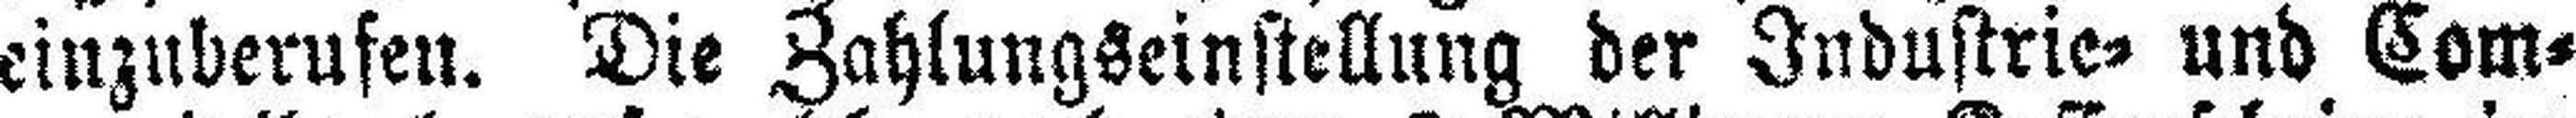
einzuberufen. Die Zahlungseinstellung der Industrie= und Com¬